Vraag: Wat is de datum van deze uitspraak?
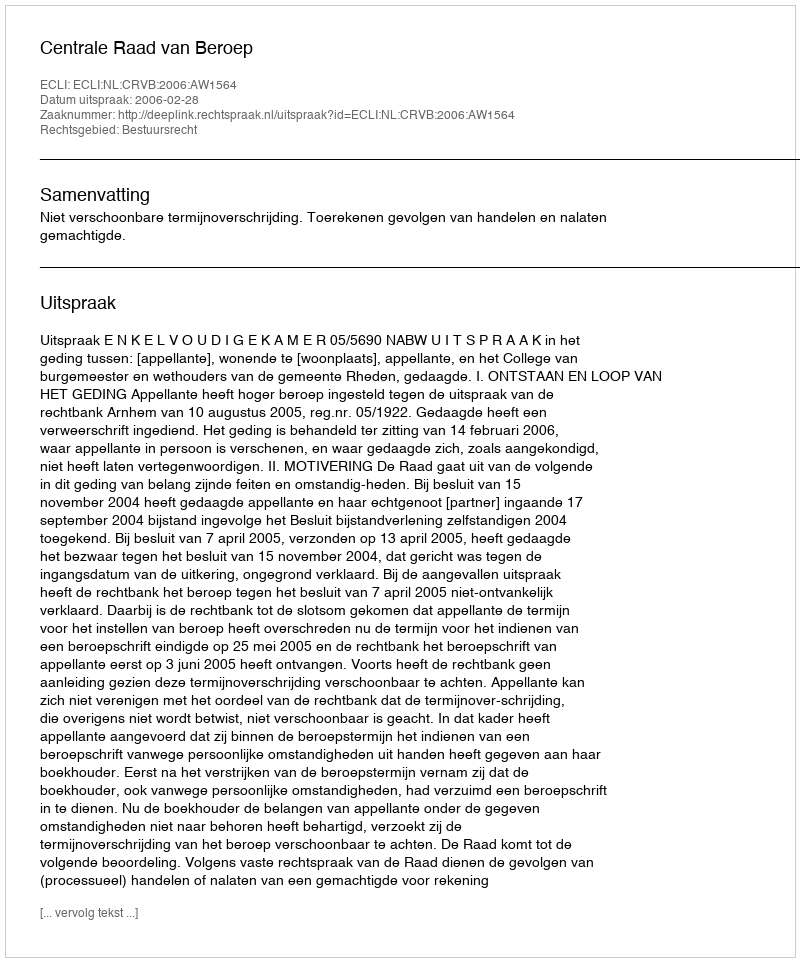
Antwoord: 2006-02-28